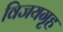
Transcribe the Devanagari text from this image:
विजयगृह